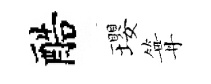
醅瓔篝